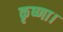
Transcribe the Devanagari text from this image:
कृष्णा।